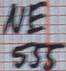
Text: NE555